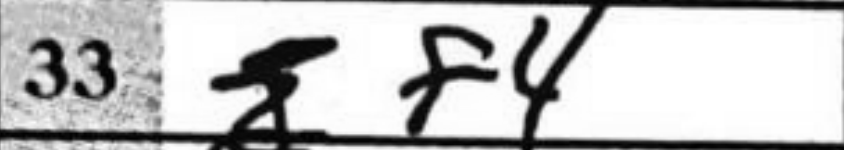
Transcription: f4